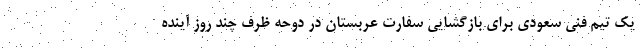
یک تیم فنی سعودی برای بازگشایی سفارت عربستان در دوحه ظرف چند روز آینده